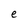
Character: e